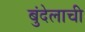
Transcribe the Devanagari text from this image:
बुंदेलाची